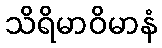
သိရိမာဝိမာနံ